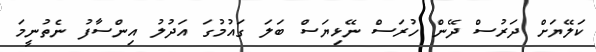
ކަލޭޔަށް ދަރުސް ދޭން ހުރަސް ނޭޅިޔަސް ބަލަ ގައުމުގަ އަދުލު އިންސާފު ނެތުނީމަ